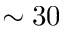
\sim 3 0